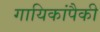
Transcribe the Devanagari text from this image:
गायिकांपैकी